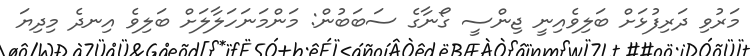
މަރުވި ދަރިފުޅަށް ބަލިވެއިނީ ޖިންސީ ގޯނާގެ ސަބަބުން: މަންމަނަހަލާލަށް ބަލިވެ އިނދެ މިިދިޔަ